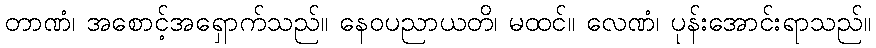
တာဏံ၊ အစောင့်အရှောက်သည်။ နေဝပညာယတိ၊ မထင်။ လေဏံ၊ ပုန်းအောင်းရာသည်။